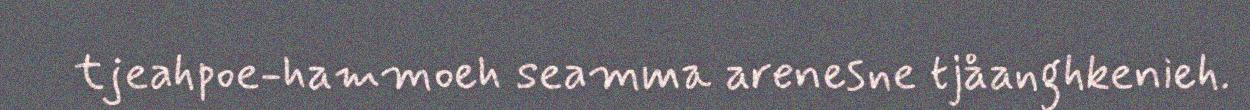
tjeahpoe-hammoeh seamma arenesne tjåanghkenieh.